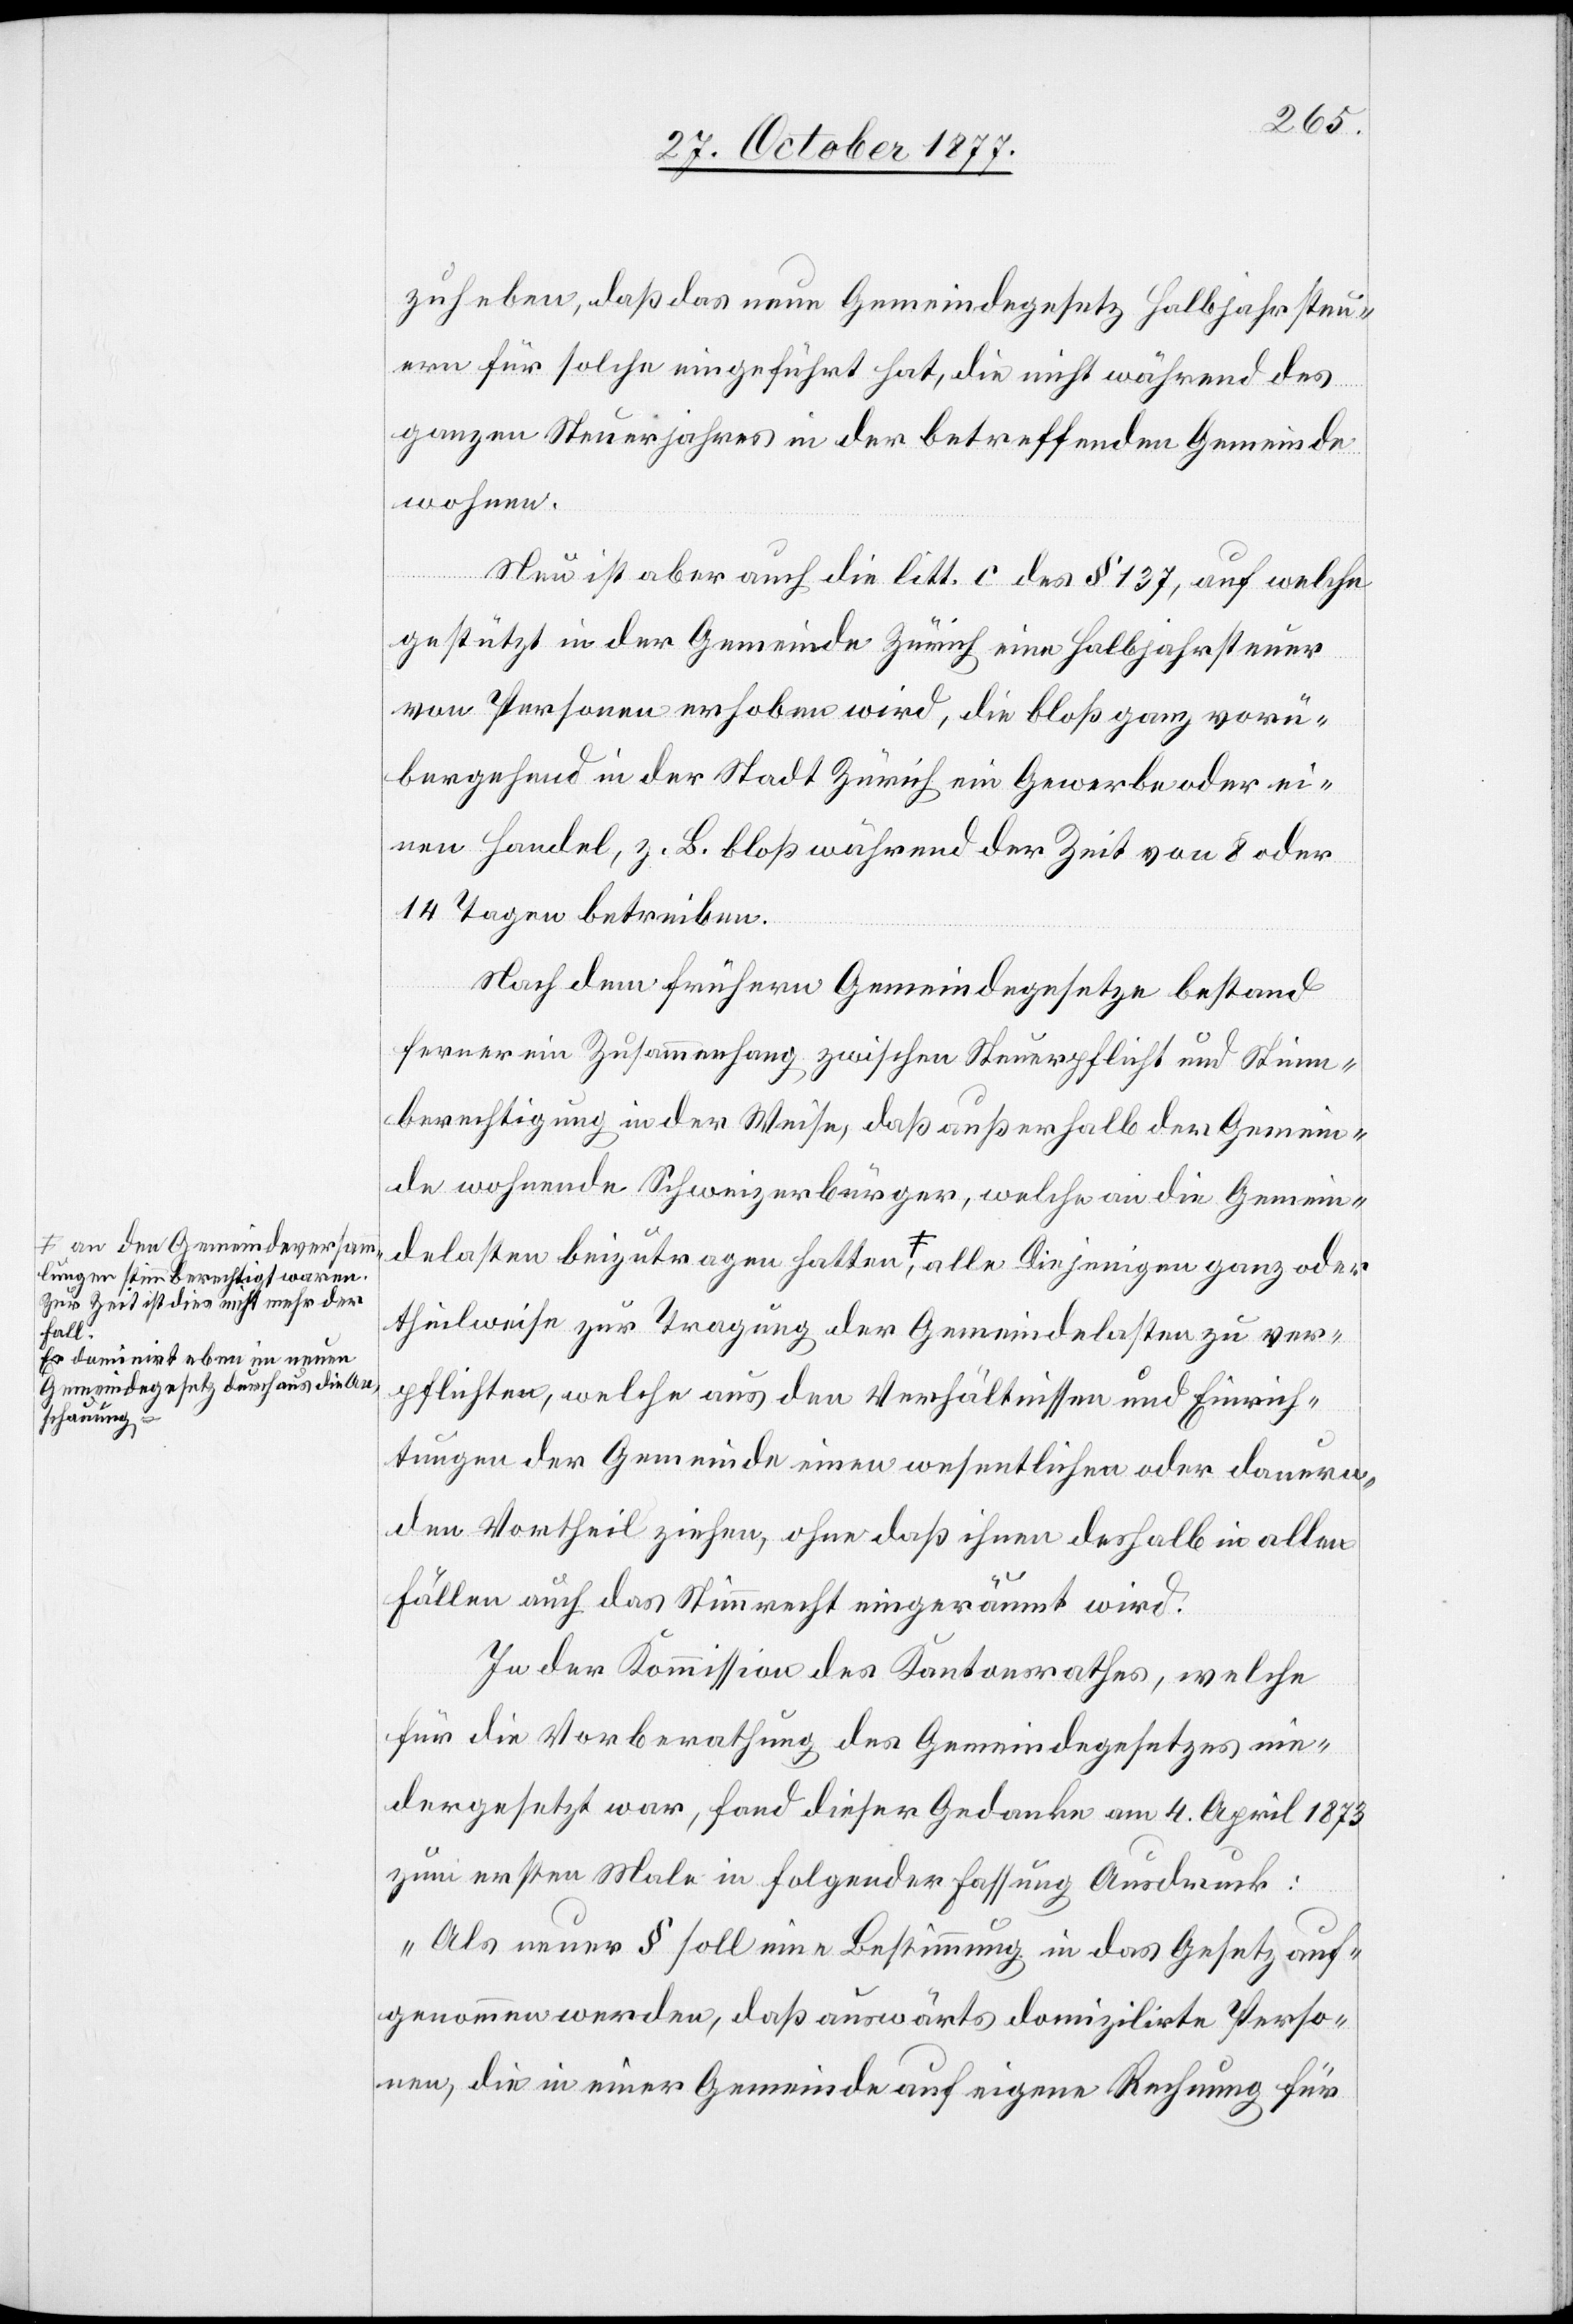
lungen stimmberechtigt waren.
Zur Zeit ist dies nicht mehr der
Fall.
Es dominirt eben im neuen
Gemeindegesetz durchaus die An¬
schauung,-a

zuheben, daß das neue Gemeindegesetz Halbjahrsteu¬
ern für solche eingeführt hat, die nicht während des
ganzen Steuerjahres in der betreffenden Gemeinde
wohnen.
Nun ist aber auch die litt. c des § 137, auf welche
gestützt in der Gemeinde Zürich eine Halbjahrsteuer
von Personen erhoben wird, die bloß ganz vorü¬
bergehend in der Stadt Zürich ein Gewerbe oder ei¬
nen Handel, z. B. bloß während der Zeit von 8 oder
14 Tagen betreiben.
Nach dem frühern Gemeindegesetze bestand
ferner ein Zusammenhang zwischen Steuerpflicht und Stimm¬
berechtigung in der Weise, daß außerhalb der Gemein¬
de wohnende Schweizerbürger, welche an die Gemein¬
delasten beizutragen hatten, a-an den Gemeindeversamm¬
theilweise zur Tragung der Gemeindelasten zu ver¬
pflichten, welche aus den Verhältnissen und Einrich¬
tungen der Gemeinde einen wesentlichen oder dauern¬
den Vortheil ziehen, ohne daß ihnen deshalb in allen
Fällen auch das Stimmrecht eingeräumt wird.
In der Kommission des Kantonsrathes, welche
für die Vorberathung des Gemeindegesetzes nie¬
dergesetzt war, fand dieser Gedanke am 4. April 1873
zum ersten Male in folgender Fassung Ausdruck:
oder
„Als neuer § soll eine Bestimmung in das Gesetz auf¬
genommen werden, daß auswärts domizilirte Perso¬
nen, die in einer Gemeinde auf eigene Rechnung für